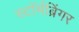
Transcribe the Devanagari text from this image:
स्टॉर्मब्रिंगर